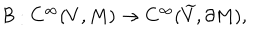
LaTeX: { \cal B } : C ^ { \infty } ( V , M ) \rightarrow C ^ { \infty } ( { \widetilde V } , { \partial M } ) ,